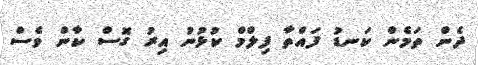
ދެން ތަމެން ކަނޑު ފައްތާ ފިލްމް ކުޅުނު އިރު ގޮސް ކާން ވެސް